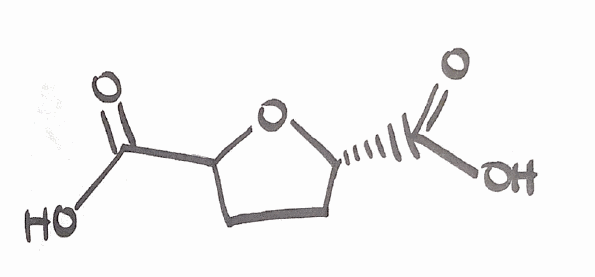
Simplified molecular-input line-entry system (SMILES) notation of the given molecule:
C1CC(O[C@@H]1C(=O)O)C(=O)O